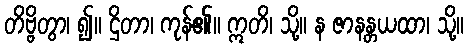
တိဗ္ဗိတွာ၊ ၍။ ဌိတာ၊ ကုန်၏။ ဣတိ၊ သို့။ န ဇာနန္တယထာ၊ သို့။